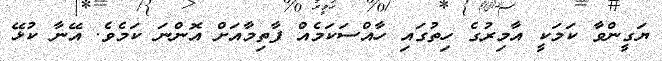
ޔަގީންވާ ކަމަކީ އާމިރުގެ ހިތުގައި ހާއްސަކަމެއް ފާތިމާއަށް އޮންނަ ކަމެވެ. އޭނާ ކުޅޭ